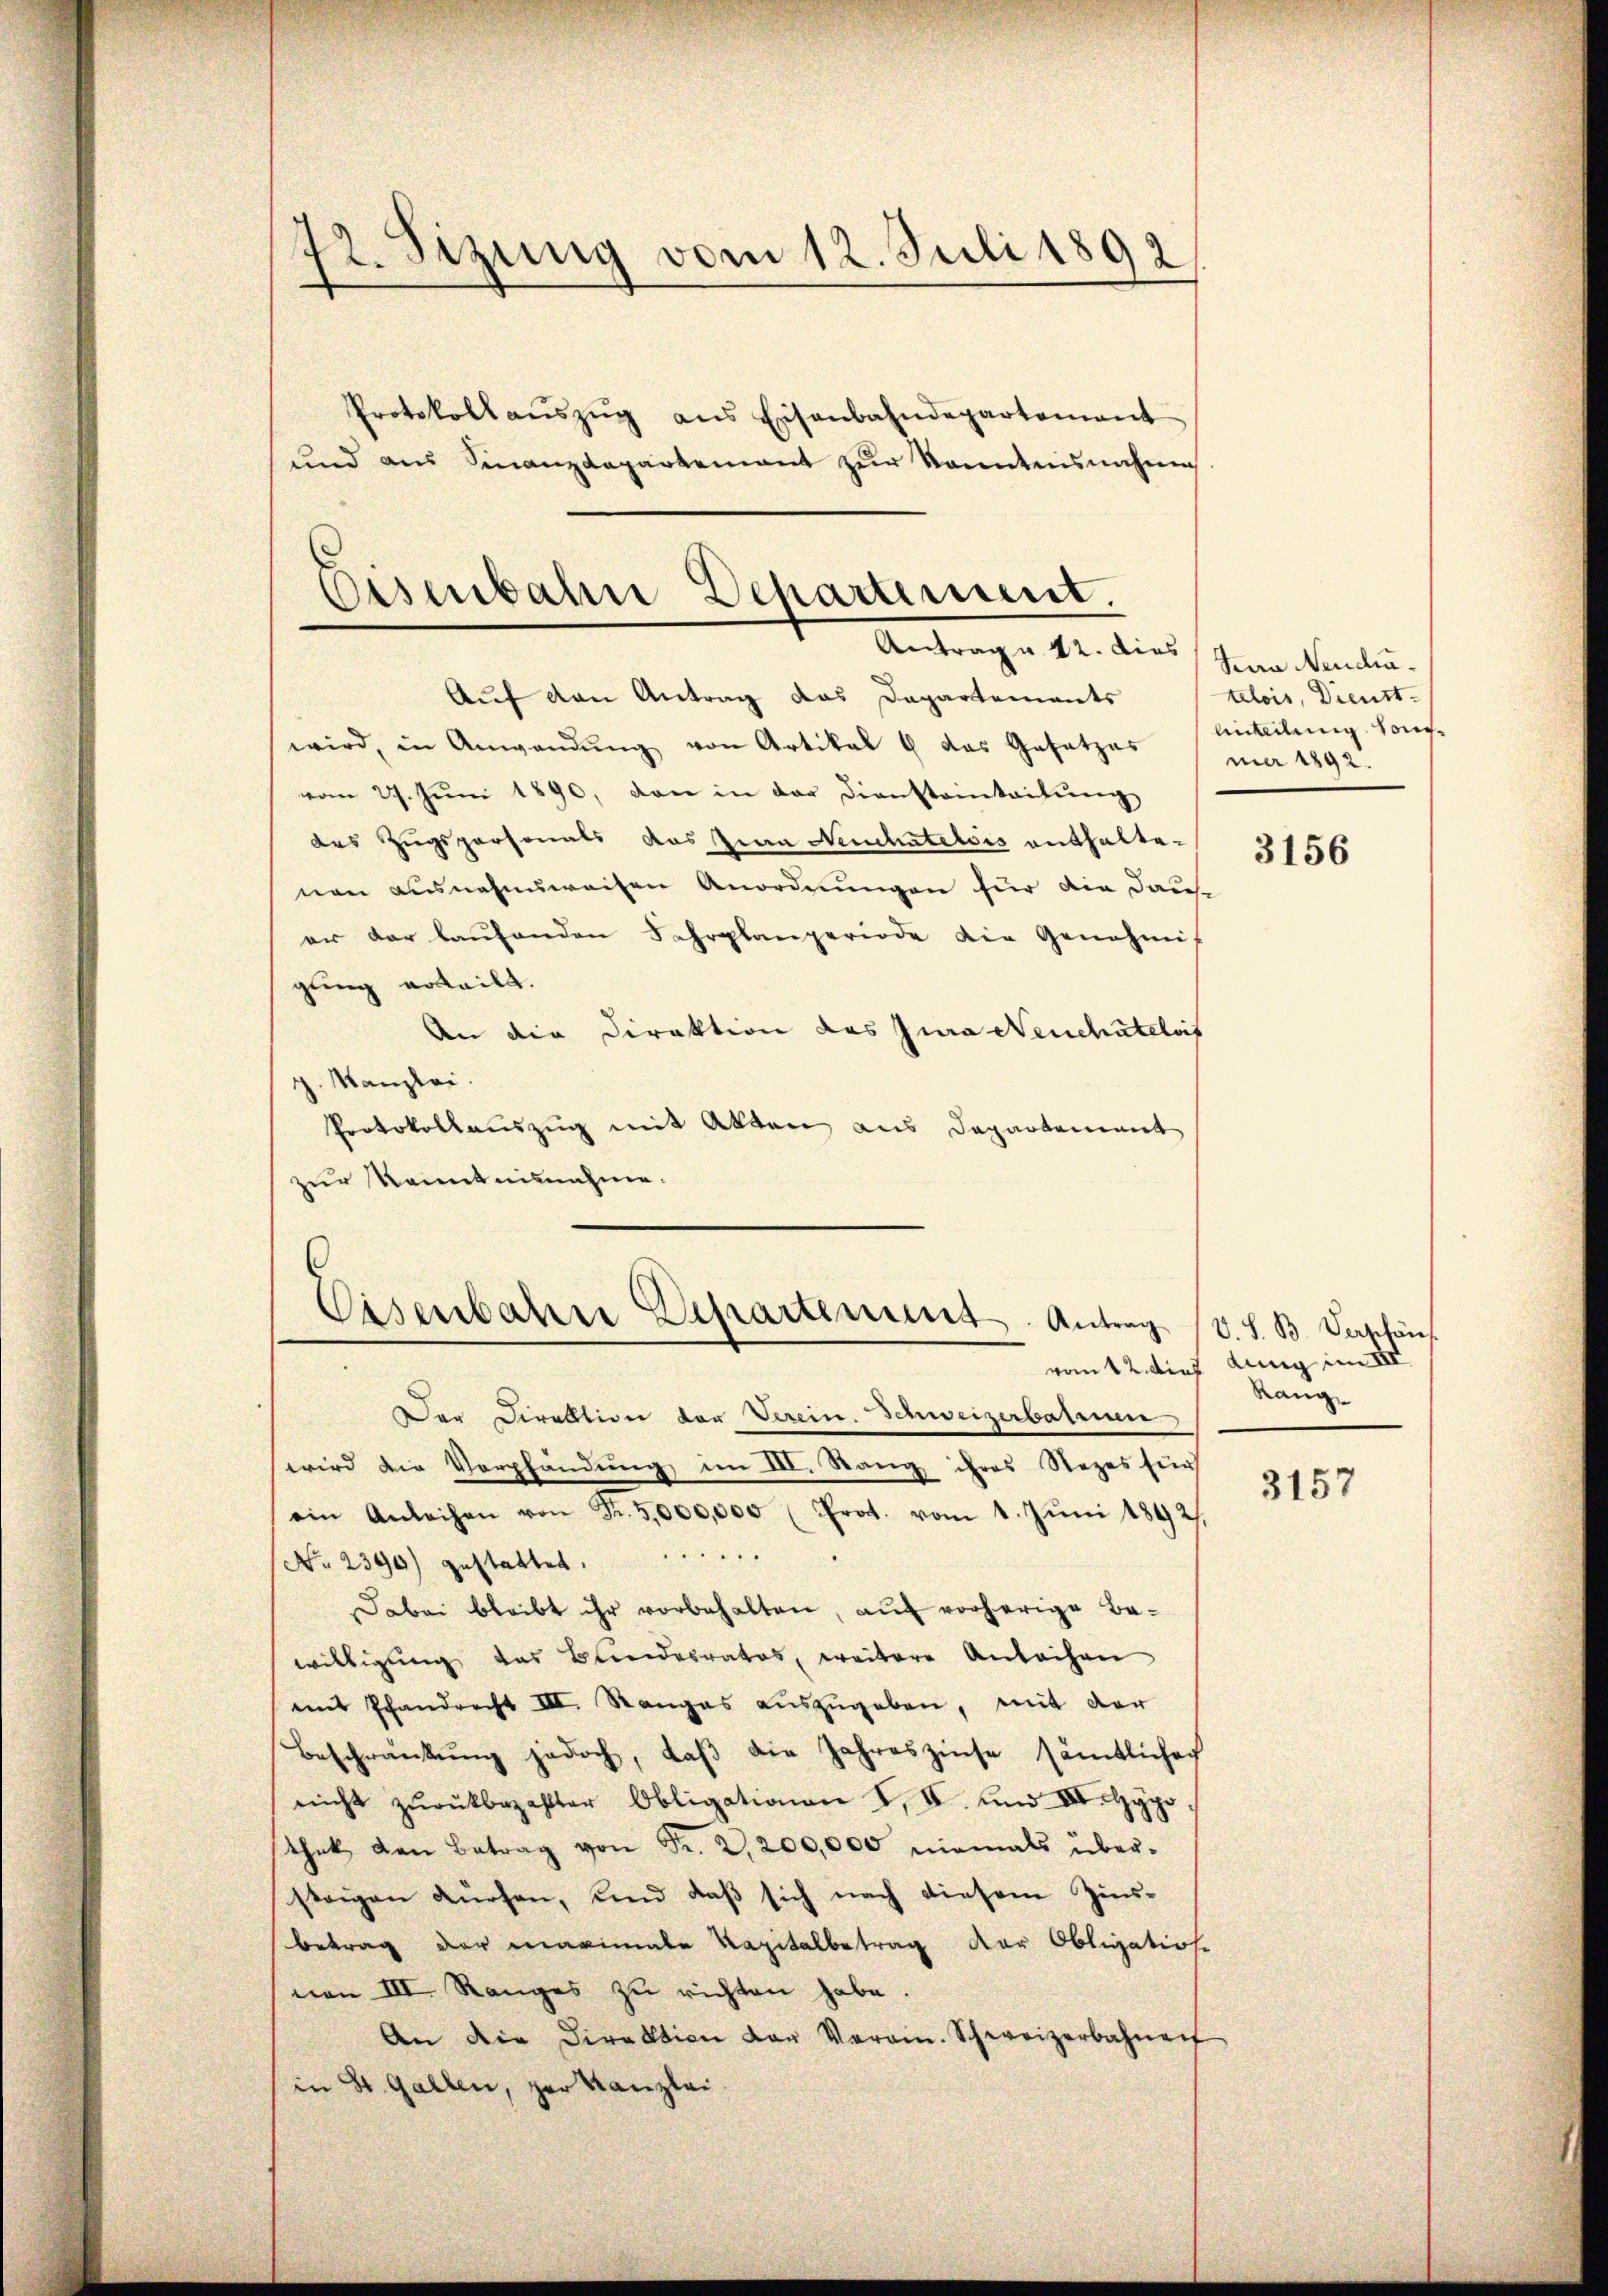
12. Sizung vom 12. Juli 1892
Protokoll aŭszŭg ans Eisenbahndepartement
und aus Finanzdepartement zur kanntnisnahme

Eisenbahne Departement
Antrage 42. dies Jura Neudru¬

Auf den Antrag das Dapartements
wird, in Anwendŭng von Artikal & das Gesatzes
vom 27. Jŭni 1890, den in der Diensteinteilŭng
das Zugspersonals das Zia Neuchatelois enthaltenen ausnahmsweisen Anordnungen für die Dauer der laŭfenden Fahrplanperiode die Genehmig
gung erteilt.
An die Direktion das Jura Neuchâtelois
g. Kanzlei.
Protokollauszug mit Akten aus Departement
zur Kenntnisnahme.
Der Direktion der Verein. Schweizerbalinen
wird die Verpfändung im III. Stang ihres Rezes für
ein Anleihen von Fr. 5,000,000 (Prot. vom 1. Jŭni 1892.
No. 2390) gestattet.
Dabei bleibt ihr vorbehalten, auf vorherige Be-
willigung das Bundesrates, weitere Anleihen
mit Pfandrecht III. Ranges aŭszŭgeben, mit der
Beschrankŭng jedoch, daβ die Jahreszinse sämtlicher
nicht zŭrückbezahlter Obligationen I. II. und III. Hypo
thek den Betrag von Fr. 2,200,000 niemals über-
steigen dürfen, und daß sich nach diesem Zins-
Betrag der marinale Kapitalbetrag der Obligatios.
nen III. Ranges zu richten habe.
An die Direktion der Verain. Schweizerbahnen
in St. Gallen, der Kanzlei

Eisenbahre Departement. Antrag

telois, Dienst.
lickeilung sonmer 1892.

3156

V. S. B. Verpfän
vom 12. dies dung im III.
Rang

3157